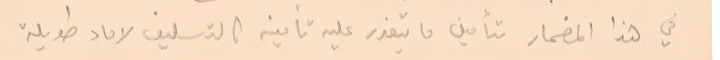
في هذا المضمار بتأمين ما يتعذر عليه تأمينه كالتسليف لاماد طويلة